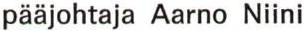
pääjohtaja Aarno Niini